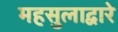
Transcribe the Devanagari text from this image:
महसुलाद्वारे